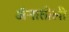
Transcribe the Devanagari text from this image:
ॲनातोली